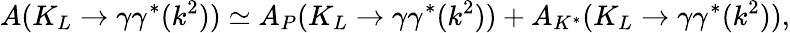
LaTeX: A(K_{L}\rightarrow\gamma\gamma^{*}(k^{2}))\simeq A_{P}(K_{L}\rightarrow\gamma\gamma^{*}(k^{2}))+A_{K^{*}}(K_{L}\rightarrow\gamma\gamma^{*}(k^{2})),